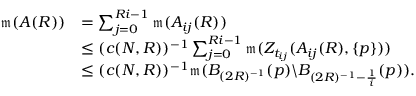
\begin{array} { r l } { \mathfrak { m } ( A ( R ) ) } & { = \sum _ { j = 0 } ^ { R i - 1 } \mathfrak { m } ( A _ { i j } ( R ) ) } \\ & { \leq ( c ( N , R ) ) ^ { - 1 } \sum _ { j = 0 } ^ { R i - 1 } \mathfrak { m } ( Z _ { t _ { i j } } ( A _ { i j } ( R ) , \{ p \} ) ) } \\ & { \leq ( c ( N , R ) ) ^ { - 1 } \mathfrak { m } ( B _ { ( 2 R ) ^ { - 1 } } ( p ) \backslash B _ { ( 2 R ) ^ { - 1 } - \frac { 1 } { i } } ( p ) ) . } \end{array}